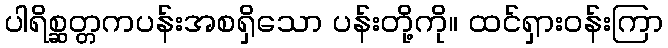
ပါရိစ္ဆတ္တကပန်းအစရှိသော ပန်းတို့ကို။ ထင်ရှားဝန်းကြာ